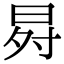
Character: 𭥸